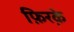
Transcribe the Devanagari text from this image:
फ़िरके़